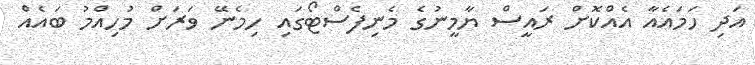
އަދި ހަމައެއާ އެއްކޮށް ރައީސް ޔާމީނުގެ މެނިފެސްޓޯގައި ހިމެނޭ ވަރަށް މުހިއްމު ބައެއް